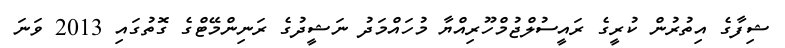
ޝިފާގެ އިތުރުން ކުރީގެ ރައީސުލްޖުމްހޫރިއްޔާ މުހައްމަދު ނަޝީދުގެ ރަނިންމޭޓްގެ ގޮތުގައި 2013 ވަނަ